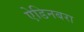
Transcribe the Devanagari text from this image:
ऐडिनबरा